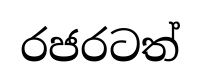
රජරටත්